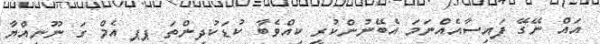
އައް ނޭގޭ ފައިސާއެއްނަމަ އެބޭނުންކުރީ ކިއްވެބާ ކުޑަކުދިންތަ ޕޕ އެމް ގަ ނޫނިއްޔާ